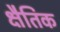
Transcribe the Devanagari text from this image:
क्षैतिक